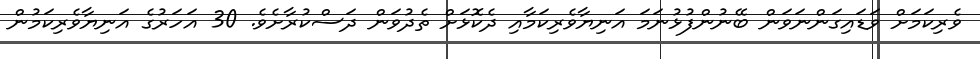
ވެރިކަމަށް ވަޑައިގަންނަވަން ބޭނުންފުޅުނަމަ އަނިޔާވެރިކަމާއި ދެކޮޅަށް ތެދުވަން ދަސްކުރާށެވެ. 30 އަހަރުގެ އަނިޔާވެރިކަމުން